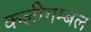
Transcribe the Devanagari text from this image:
कलीगम्बल